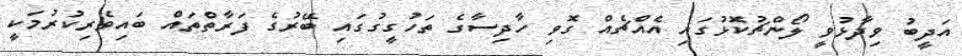
އަދީބު ވިދާޅުވީ ލޯންޗުކޮޅުގައި އެއްޗެއް ގޮވި ހާދިސާގެ ތަހުގީގުގައި ބޭރުގެ ފަރާތްތައް ބައިވެރިކުރުމަކީ